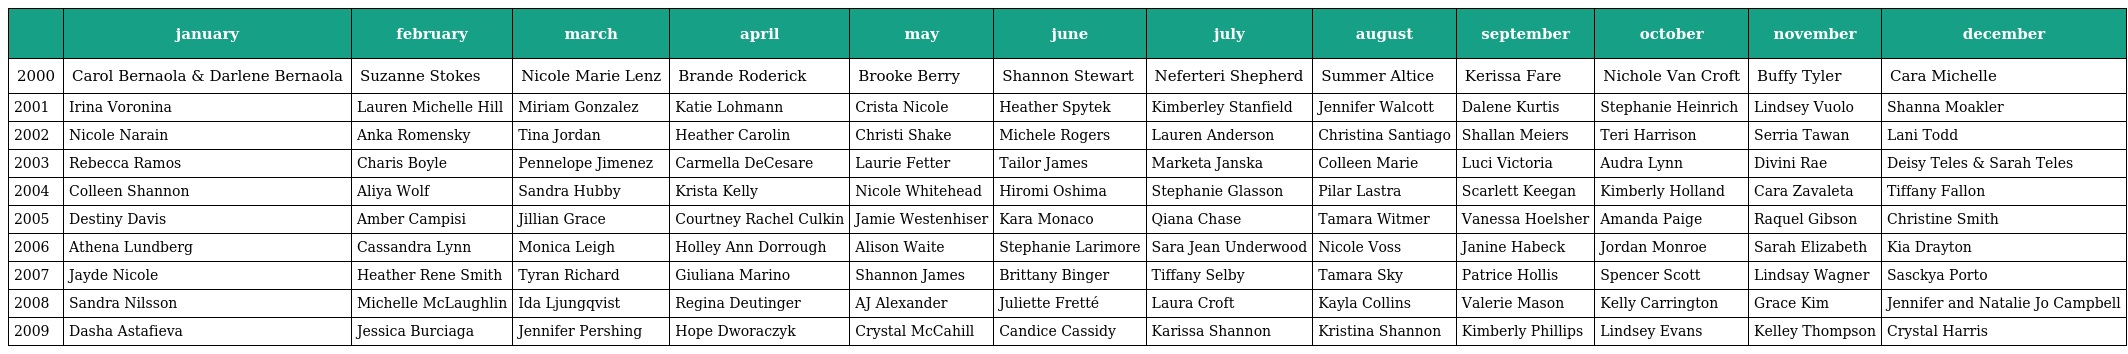
|  | january | february | march | april | may | june | july | august | september | october | november | december |
 | --- | --- | --- | --- | --- | --- | --- | --- | --- | --- | --- | --- | --- |
 | 2000 | Carol Bernaola & Darlene Bernaola | Suzanne Stokes | Nicole Marie Lenz | Brande Roderick | Brooke Berry | Shannon Stewart | Neferteri Shepherd | Summer Altice | Kerissa Fare | Nichole Van Croft | Buffy Tyler | Cara Michelle |
 | 2001 | Irina Voronina | Lauren Michelle Hill | Miriam Gonzalez | Katie Lohmann | Crista Nicole | Heather Spytek | Kimberley Stanfield | Jennifer Walcott | Dalene Kurtis | Stephanie Heinrich | Lindsey Vuolo | Shanna Moakler |
 | 2002 | Nicole Narain | Anka Romensky | Tina Jordan | Heather Carolin | Christi Shake | Michele Rogers | Lauren Anderson | Christina Santiago | Shallan Meiers | Teri Harrison | Serria Tawan | Lani Todd |
 | 2003 | Rebecca Ramos | Charis Boyle | Pennelope Jimenez | Carmella DeCesare | Laurie Fetter | Tailor James | Marketa Janska | Colleen Marie | Luci Victoria | Audra Lynn | Divini Rae | Deisy Teles & Sarah Teles |
 | 2004 | Colleen Shannon | Aliya Wolf | Sandra Hubby | Krista Kelly | Nicole Whitehead | Hiromi Oshima | Stephanie Glasson | Pilar Lastra | Scarlett Keegan | Kimberly Holland | Cara Zavaleta | Tiffany Fallon |
 | 2005 | Destiny Davis | Amber Campisi | Jillian Grace | Courtney Rachel Culkin | Jamie Westenhiser | Kara Monaco | Qiana Chase | Tamara Witmer | Vanessa Hoelsher | Amanda Paige | Raquel Gibson | Christine Smith |
 | 2006 | Athena Lundberg | Cassandra Lynn | Monica Leigh | Holley Ann Dorrough | Alison Waite | Stephanie Larimore | Sara Jean Underwood | Nicole Voss | Janine Habeck | Jordan Monroe | Sarah Elizabeth | Kia Drayton |
 | 2007 | Jayde Nicole | Heather Rene Smith | Tyran Richard | Giuliana Marino | Shannon James | Brittany Binger | Tiffany Selby | Tamara Sky | Patrice Hollis | Spencer Scott | Lindsay Wagner | Sasckya Porto |
 | 2008 | Sandra Nilsson | Michelle McLaughlin | Ida Ljungqvist | Regina Deutinger | AJ Alexander | Juliette Fretté | Laura Croft | Kayla Collins | Valerie Mason | Kelly Carrington | Grace Kim | Jennifer and Natalie Jo Campbell |
 | 2009 | Dasha Astafieva | Jessica Burciaga | Jennifer Pershing | Hope Dworaczyk | Crystal McCahill | Candice Cassidy | Karissa Shannon | Kristina Shannon | Kimberly Phillips | Lindsey Evans | Kelley Thompson | Crystal Harris |